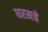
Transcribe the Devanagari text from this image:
धरमचे